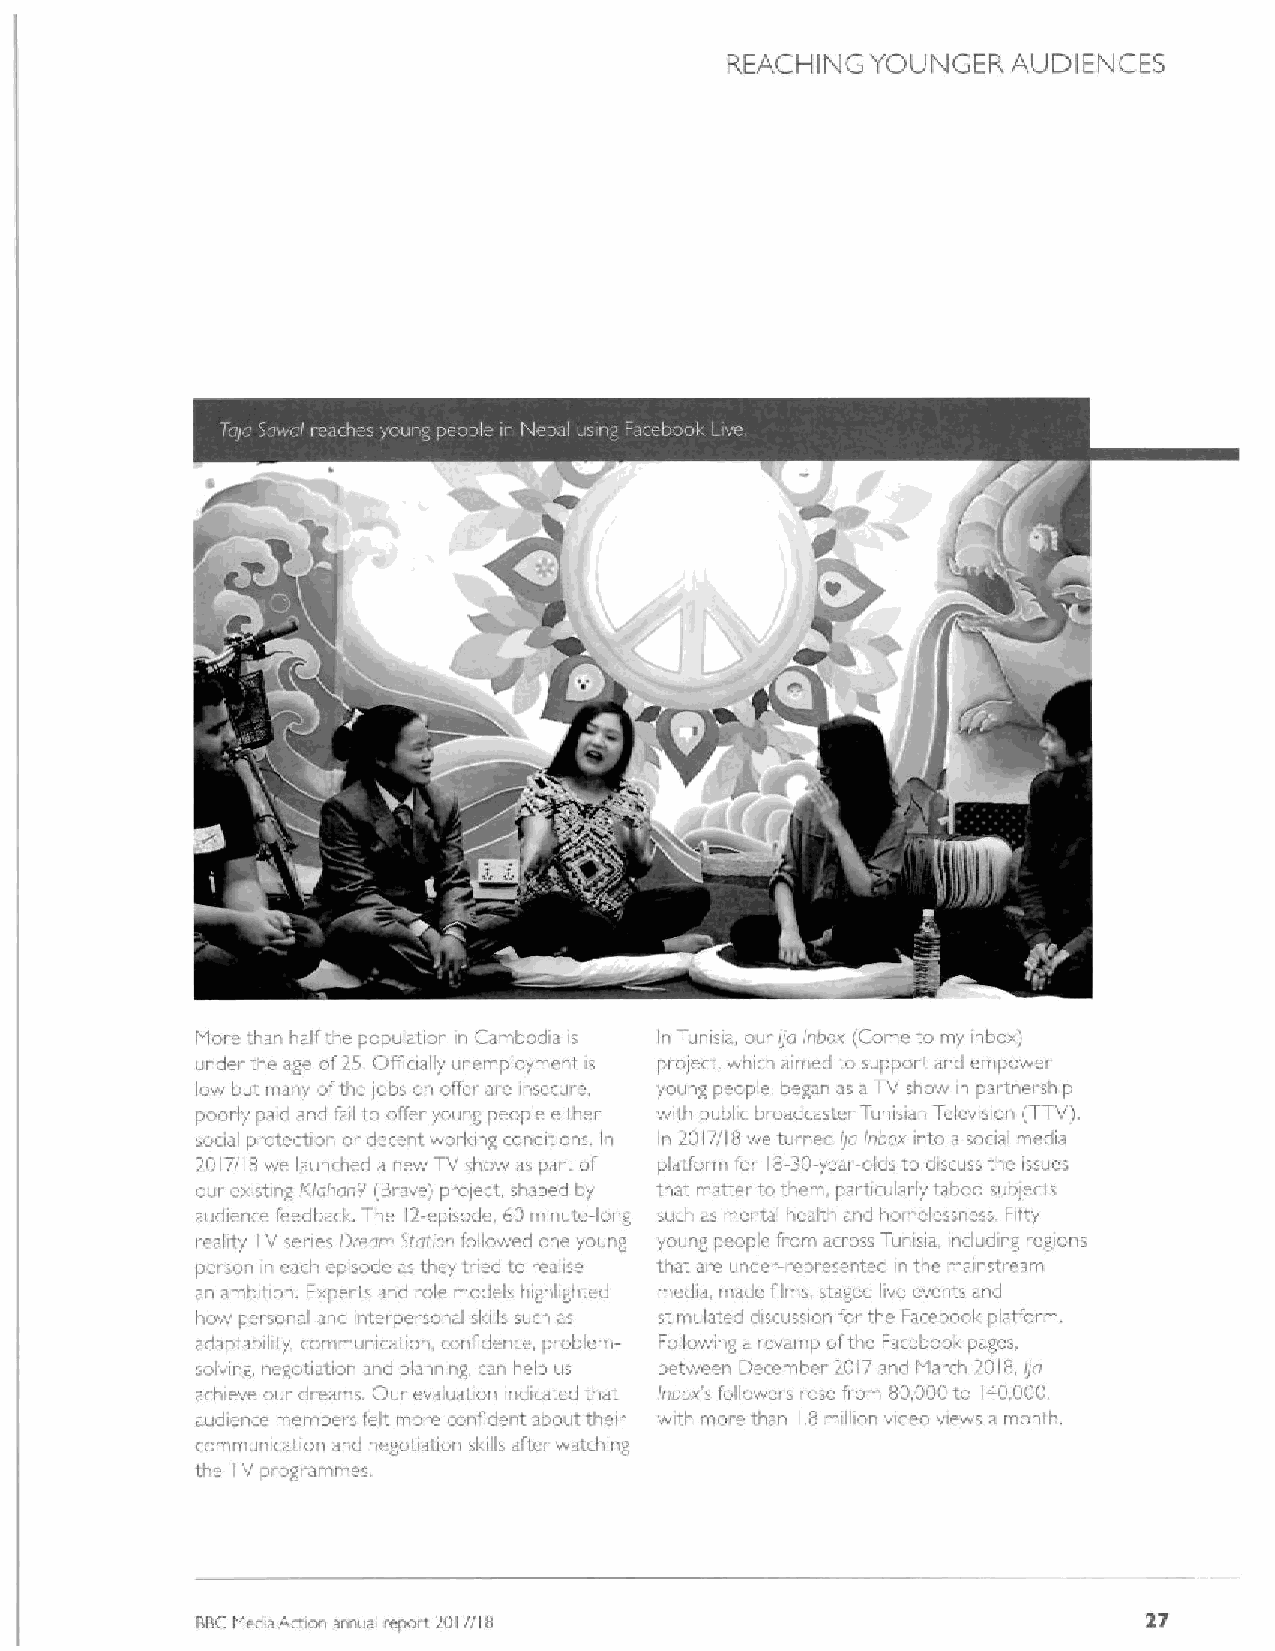
REACHING  YOUNGER  AUDIENCES
 More than half the population i~ Cambodia is In Tunisia, our //o Inbos (Come to my inbox)
 under the age of25 Officially unemployment is proiecb which aimecl to support and empower
 low but. many ofthe iobs or offer are ir.secure young people, began as aTV show in partnership
 poorly paid and fail to offer young people either with public broadcaster Tunisian Telewsion (TTV).
 sori tl protection or decent worlong condiiions. In In 2017/18 we turned i/o Innax into a sorial media
 2017/18 we lacinched a new TV show as part of platform for 18-30-year-olds to discuss the issues
 our existing Klohonp (Brave) prolect shaped by that matter to them, particularly taboo sub/ects
 audience feedback. The 12-episode. 60minute-lo g surh as mental health and homelessness, Fifty
 reality TV series D;eom 9toticn followed one young young people fiom across Tunisia, including regions
 pei son in each episode as they ti ied to realise that are under-represented in the mainstream
 an ambition. Exper ts and ole models highlighted media, made films, staged live events and
 i
 how personal and interpersonal slolls such as stimulated discussion for tho Facebool. platform
 adaptability, communication, confidence, pi oblem- Following a revamp ofthe Facebook pages,
 solving negotiation and plan ing. can help us between December 2017 and March 2018 I/v
 achieve our dreams. Our evaluation indicated that Inhox's followei s rose from 80.000to IAQ,QQQ,
 audience members felt. more confident about their with moie than 8 million video views a month.
 I
 communication and negotiation slolls after watching
 the TV oiogrammes
 BBCMedia Action annual ~aport 2017/I 8                         27